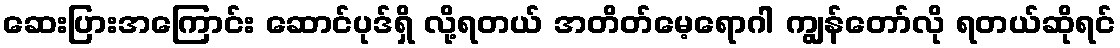
ဆေးပြားအကြောင်း ဆောင်ပုဒ်ရှိ လို့ရတယ် အတိတ်မေ့ရောဂါ ကျွန်တော်လို ရတယ်ဆိုရင်